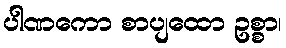
ပါဏကော စာပျထော ဥစ္စာ၊